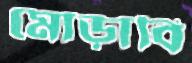
মোড়াবি